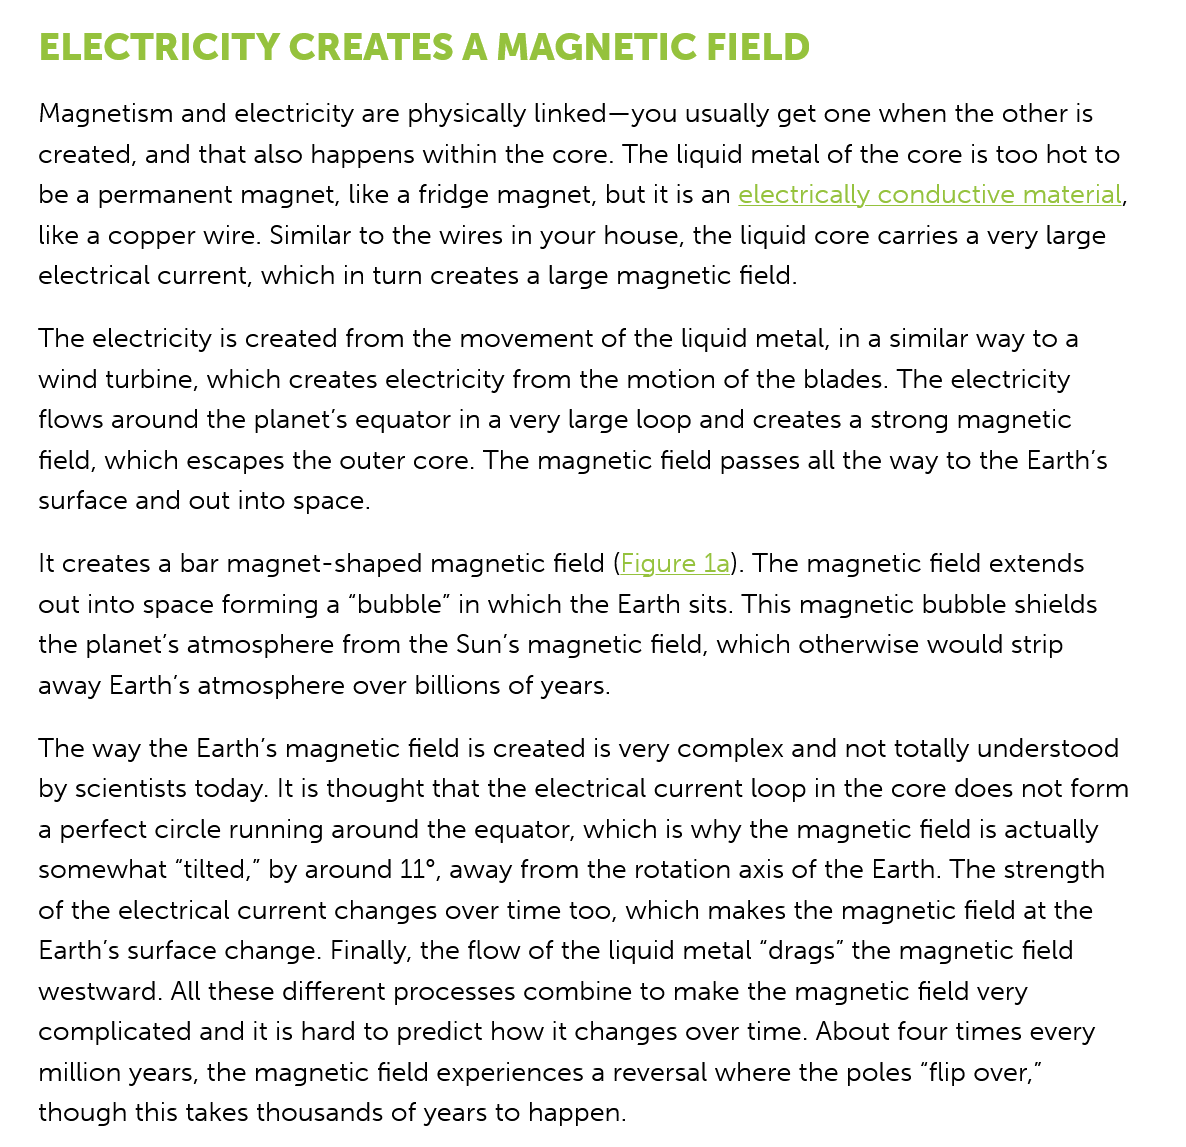
ELECTRICITY    CREATES    A  MAGNETIC    FIELD
   Magnetism and electricity are physically linked—you usually get one when the other is
   created, and that also happens within the core. The liquid metal of the core is too hot to
   be a permanent magnet, like a fridge magnet, but it is an electrically conductive material,
   like a copper wire. Similar to the wires in your house, the liquid core carries a very large
   electrical current, which in turn creates a large magnetic field.
   The electricity is created from the movement of the liquid metal, in a similar way to a
   wind turbine, which creates electricity from the motion of the blades. The electricity
   flows around the planet's equator in a very large loop and creates a strong magnetic
   field, which escapes the outer core. The magnetic field passes all the way to the Earth’s
   surface and out into space.

   It creates a bar magnet-shaped magnetic field (Figure 1a). The magnetic field extends
   out into space forming a “bubble” in which the Earth sits. This magnetic bubble shields
   the planet's atmosphere from the Sun’s magnetic field, which otherwise would strip
   away Earth's atmosphere over billions of years.
   The way the Earth’s magnetic field is created is very complex and not totally understood
   by scientists today. It is thought that the electrical current loop in the core does not form
   a perfect circle running around the equator, which is why the magnetic field is actually
   somewhat  “tilted,” by around 11°, away from the rotation axis of the Earth. The strength
   of the electrical current changes over time too, which makes the magnetic field at the
   Earth's surface change. Finally, the flow of the liquid metal “drags” the magnetic field
   westward. All these different processes combine to make the magnetic field very
   complicated and it is hard to predict how it changes over time. About four times every
   million years, the magnetic field experiences a reversal where the poles “flip over,”
   though this takes thousands of years to happen.